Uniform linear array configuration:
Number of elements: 24
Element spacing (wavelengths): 0.5
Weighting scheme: uniform
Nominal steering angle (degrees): -15
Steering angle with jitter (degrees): -13.154
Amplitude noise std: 0.05
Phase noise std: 0.05

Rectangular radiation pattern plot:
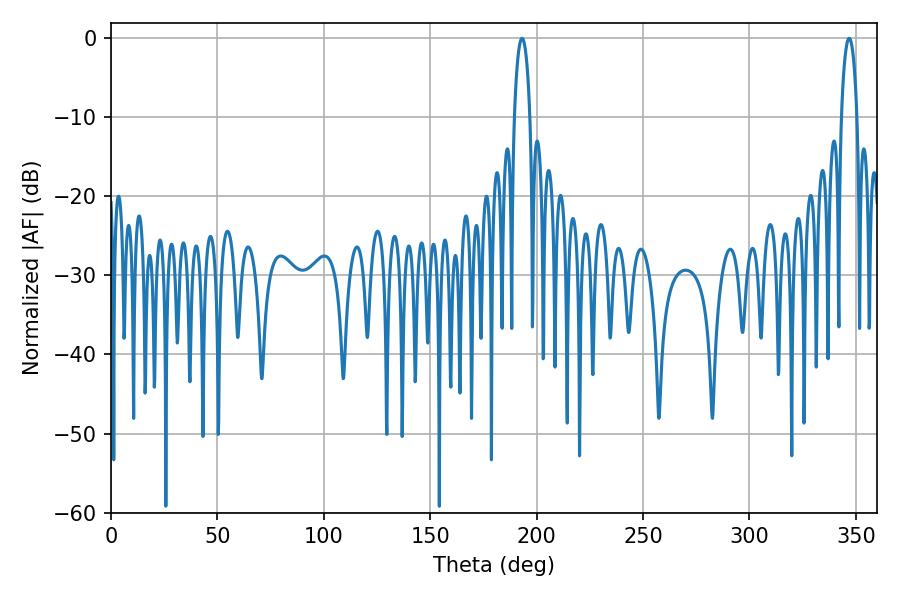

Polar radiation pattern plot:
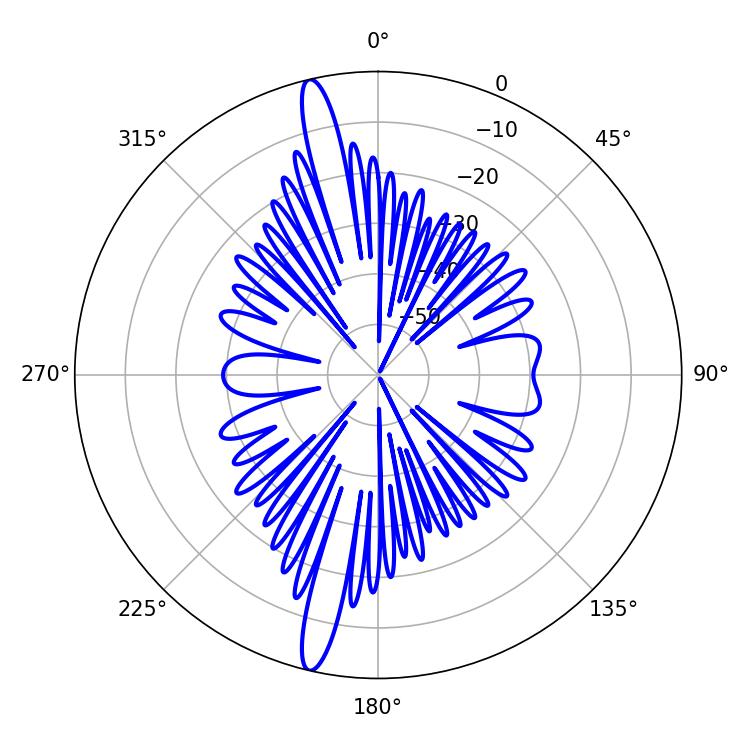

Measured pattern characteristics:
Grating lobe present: FALSE
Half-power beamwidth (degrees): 4.14
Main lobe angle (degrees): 193.14